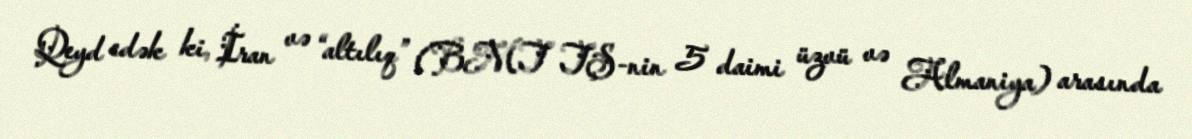
Qeyd edək ki, İran və “altılıq” (BMT TŞ-nin 5 daimi üzvü və Almaniya) arasında